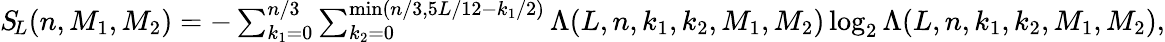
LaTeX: \begin{array}{r}{S_{\! L}(n,M_{1},M_{2})=-\sum_{k_{1}=0}^{n/3}\sum_{k_{2}=0}^{\operatorname*{min}(n/3,5L/12-k_{1}/2)}\Lambda(L,n,k_{1},k_{2},M_{1},M_{2})\log_{2}\Lambda(L,n,k_{1},k_{2},M_{1},M_{2}),}\end{array}